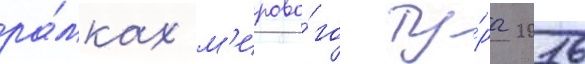
ра́мках м'ирово́го ту́ра 2016